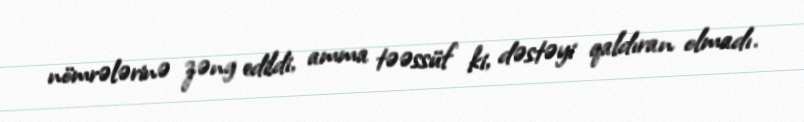
nömrələrinə zəng edildi, amma təəssüf ki, dəstəyi qaldıran olmadı.